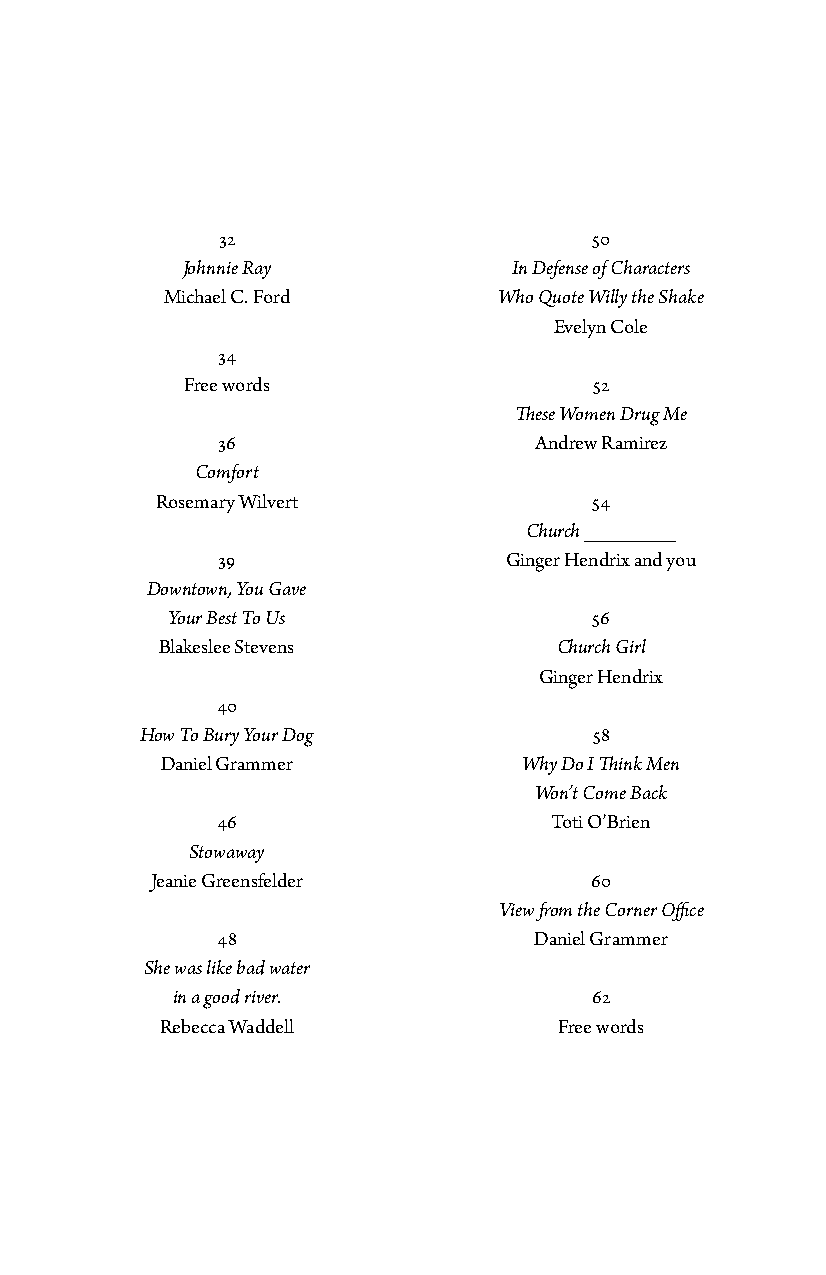
32                       50
 Johnnie Ray           In Defense of Characters
 Michael C. Ford       Who Quote Willy the Shake
 Evelyn Cole
 34
 Free words                 52
 These Women Drug Me
 36                   Andrew Ramirez
 Comfort
 Rosemary Wilvert             54
 Church _________
 39                 Ginger Hendrix and you
 Downtown, You Gave
 Your Best To Us             56
 Blakeslee Stevens         Church Girl
 Ginger Hendrix
 40
 How To Bury Your Dog          58
 Daniel Grammer          Why Do I Think Men
 Won’t Come Back
 46                    Toti O’Brien
 Stowaway
 Jeanie Greensfelder          60
 View from the Corner Office
 48                   Daniel Grammer
 She was like bad water
 in a good river.            62
 Rebecca Waddell           Free words